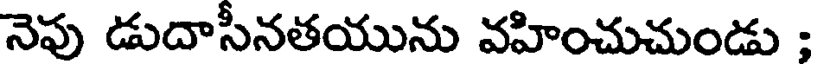
నెపు డుదాసీనతయును వహించుచుండు :